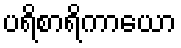
ပရိစာရိကာယော